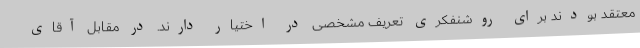
معتقد بودند برای روشنفکری تعریف مشخصی در اختیار دارند. در مقابل آقای